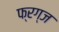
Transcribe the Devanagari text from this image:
फ्रग्ज